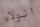
الولاء